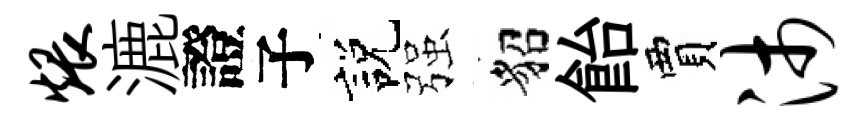
煨漉證子説强貂飴賈沛